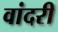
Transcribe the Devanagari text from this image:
वांदरी